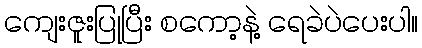
ကျေးဇူးပြုပြီး စကော့နဲ့ ရေခဲပဲပေးပါ။